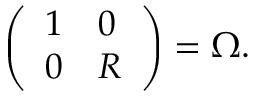
\left( \begin{array} { l l } { 1 } & { 0 } \\ { 0 } & { R } \end{array} \right) = \Omega .